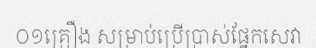
០១គ្រឿង សម្រាប់ប្រើប្រាស់ផ្នែកសេវា